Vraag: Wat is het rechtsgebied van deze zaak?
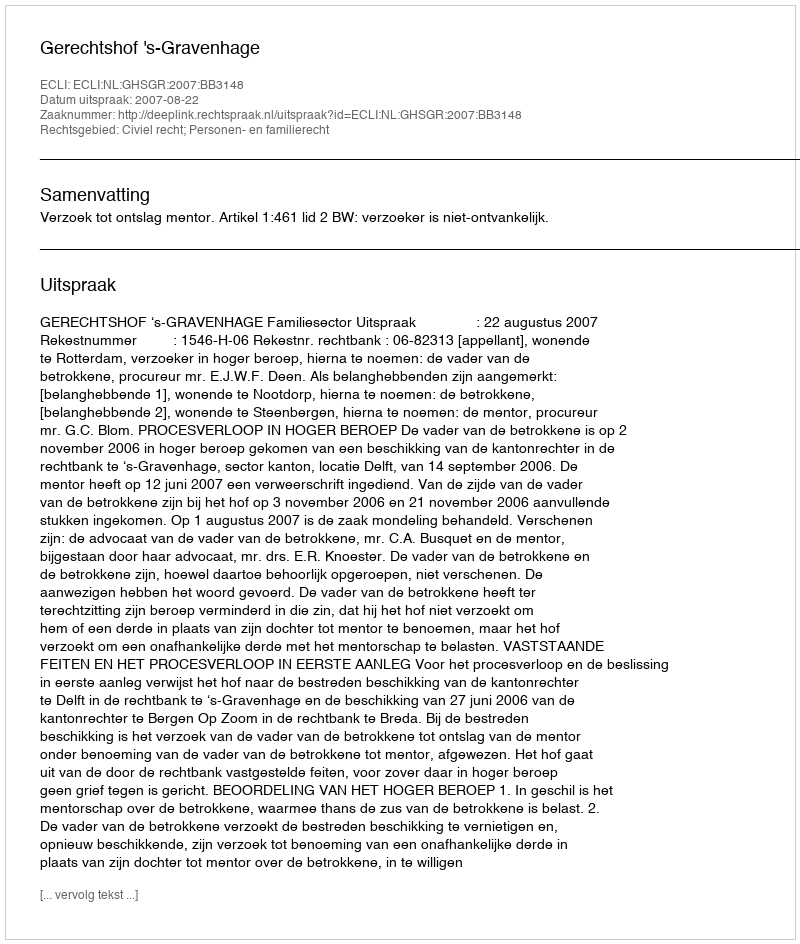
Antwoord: Civiel recht; Personen- en familierecht